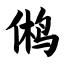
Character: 鸺